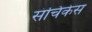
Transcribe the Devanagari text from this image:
संचिकेस